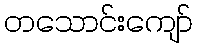
တသောင်းကျော်